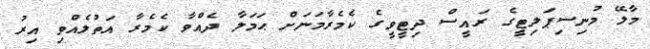
މާލޭ މުނިސިޕަލިޓީގެ ރައީސް ދިޓީވީގެ ކެމެރާމަނަށް ޙަމަލާ ދެއްވާ ކެމެރާ އަތުލެއްވި އިރު